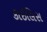
કાઇલિસ